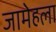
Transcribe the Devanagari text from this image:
जामेहला